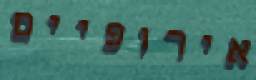
אירופיים